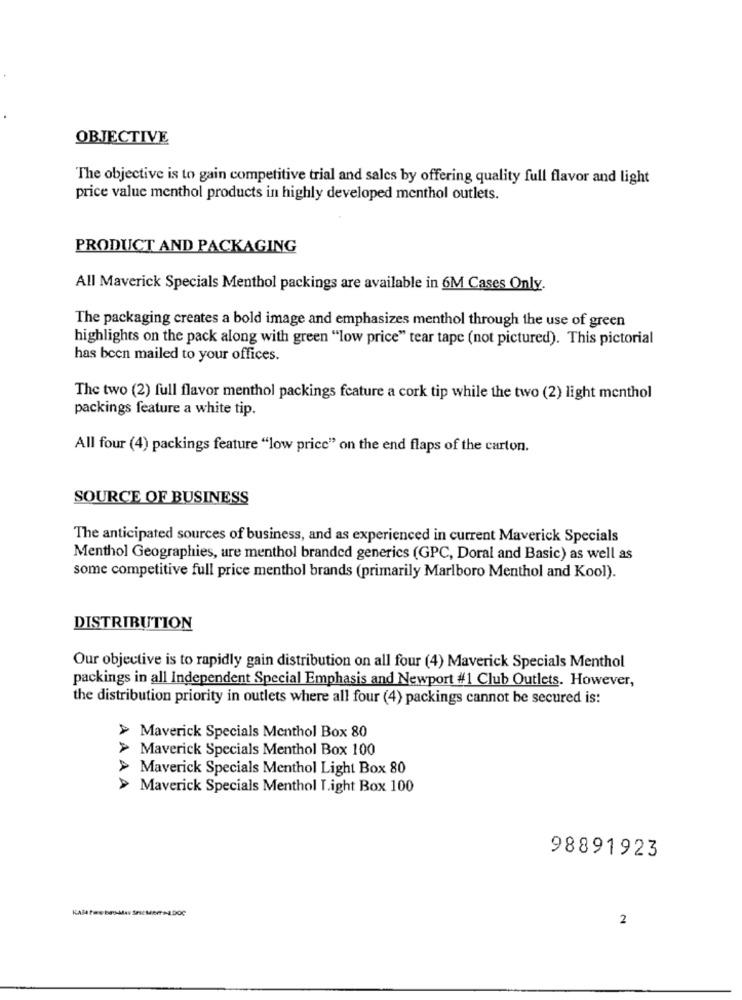
OBJECTIVE
The objective is to gain competitive trial and sales by offering quality full flavor and light
price value menthol products in highly developed menthol outlets.
PRODUCT AND PACKAGING
All Maverick Specials Menthol packings are available in 6M Cases Only.
The packaging creates a bold image and emphasizes menthol through the use of green
highlights on the pack along with green "low price" tear tape (not pictured). This pictorial
has been mailed to your offices.
The two (2) full flavor menthol packings feature a cork tip while the two (2) light menthol
packings feature a white tip.
All four (4) packings feature "low price" on the end flaps of the carton.
SOURCE OF BUSINESS
The anticipated sources of business, and as experienced in current Maverick Specials
Menthol Geographies, ure menthol branded generics (GPC, Doral and Basic) as well as
some competitive full price menthol brands (primarily Marlboro Menthol and Kool).
DISTRIBUTION
Our objective is to rapidly gain distribution on all four (4) Maverick Specials Menthol
packings in all Independent Special Emphasis and Newport #1 Club Outlets. However,
the distribution priority in outlets where all four (4) packings cannot be secured is:
> Maverick Specials Menthol Box 80
> Maverick Specials Menthol Box 100
> Maverick Specials Menthol Light Box 80
> Maverick Specials Menthol Light Box 100
AAAA
98891923
2